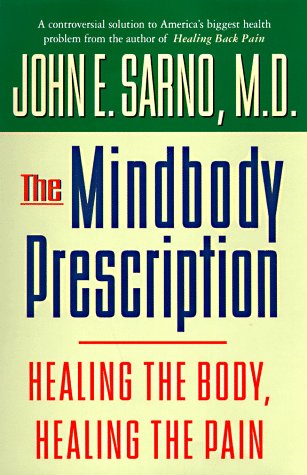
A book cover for The Mindbody Prescription: Healing the Body, Healing the Pain; John E. Sarno; Health, Fitness & Dieting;